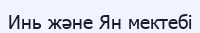
Инь және Ян мектебі